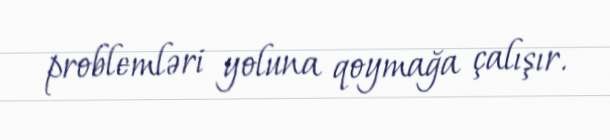
problemləri yoluna qoymağa çalışır.